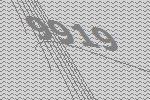
9919